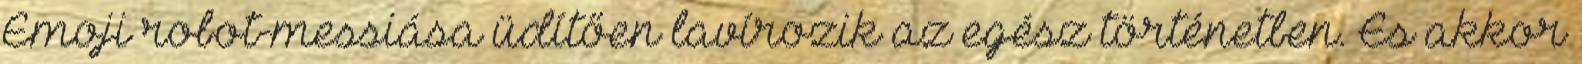
Emoji robot-messiása üdítően lavírozik az egész történetben. És akkor